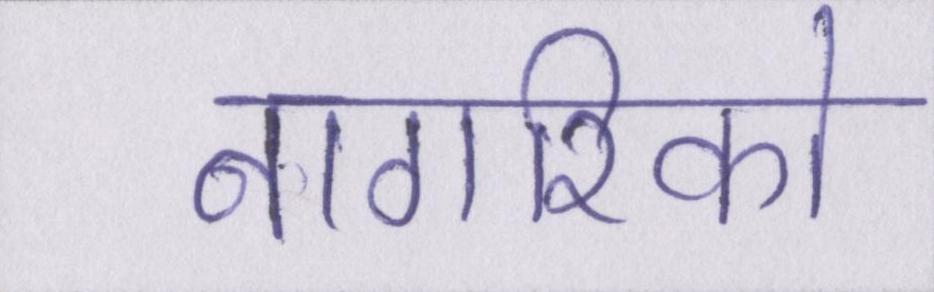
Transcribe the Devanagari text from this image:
नागरिको